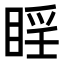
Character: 𪾮